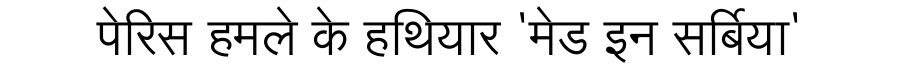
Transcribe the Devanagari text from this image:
पेरिस हमले के हथियार 'मेड इन सर्बिया'